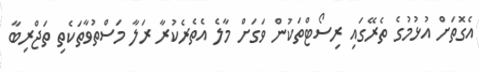
އެގޮތަށް އުޅުމުގެ ތެރޭގައި ރިސޯޓްތަކުން ވަގަށް މާލެ އެތެރެކުރާ ރަލާ މަސްތުވާތަކެތި ތަޖްރިބާ